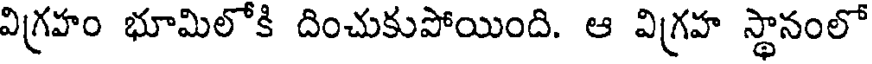
విగ్రహం భూమిలోకి దించుకుపోయింది. ఆ విగ్రహ స్థానంలో